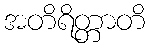
အတိရိတ္တာတိ